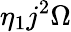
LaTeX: \eta_{1}j^{2}\Omega